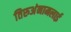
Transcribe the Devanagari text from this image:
तिरुअंनामलाई